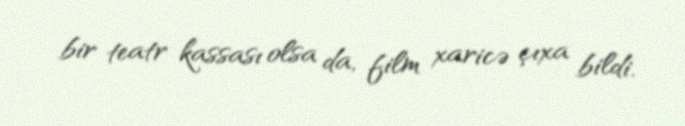
bir teatr kassası olsa da, film xaricə çıxa bildi.